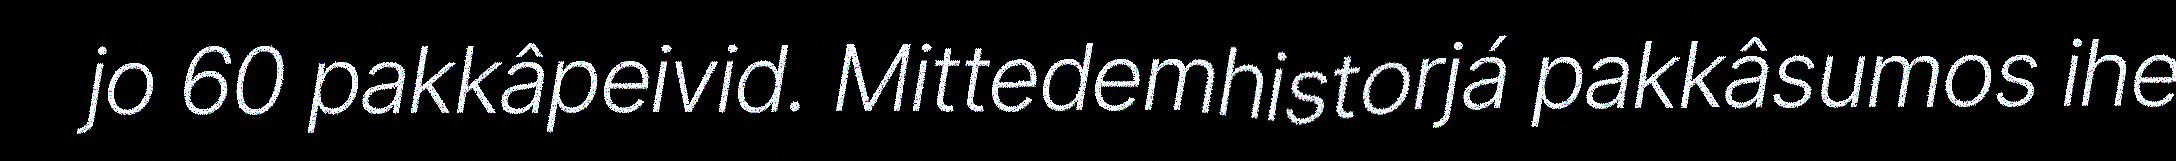
jo 60 pakkâpeivid. Mittedemhistorjá pakkâsumos ihe